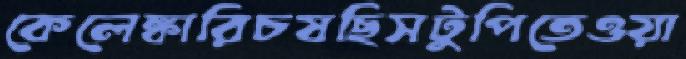
কেলেঙ্কারিচষছিসটুপিতেওয়া